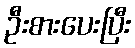
ဦးစားပေးပြီး